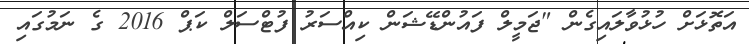
އަތޮޅަށް ހުޅުވާލައިގެން "ޖަމީލް ފައުންޑޭޝަން ކިއްސަރު ފުޓްސަލް ކަޕް 2016 ގެ ނަމުގައި